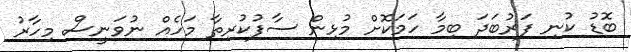
ބޮޑު ކުނި ފަރުބަދަ ބިމާ ހަމަކޮށް މުޅިން ސާފުކުރިތާ މަހެއް ނުވަނީސް މިހާރު